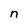
Character: n